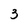
Character: 3